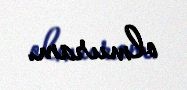
olmuram.